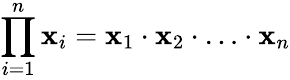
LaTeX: \prod_{i=1}^{n}\mathbf{x}_{i}=\mathbf{x}_{1}\cdot\mathbf{x}_{2}\cdot\ldots\cdot\mathbf{x}_{n}